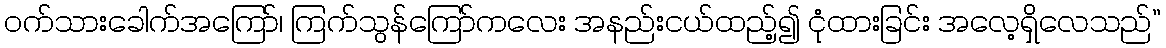
ဝက်သားခေါက်အကြော်၊ ကြက်သွန်ကြော်ကလေး အနည်းငယ်ထည့်၍ ငုံထားခြင်း အလေ့ရှိလေသည်”